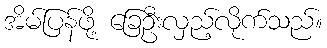
အိမ်ပြန်ဖို့ ခြေဦးလှည့်လိုက်သည်။